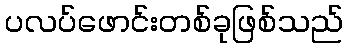
ပလပ်ဖောင်းတစ်ခုဖြစ်သည်